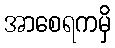
အာစေရကမှိ